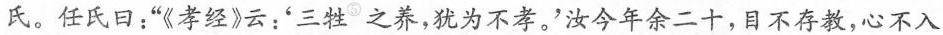
氏。任氏口：“《孝经》云：‘三牲^{⑤}之养，犹为不孝’。汝今年余二十，目不存教，心不入